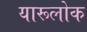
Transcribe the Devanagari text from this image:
यारूलोक